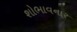
શોભાવનાર